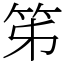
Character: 笫